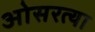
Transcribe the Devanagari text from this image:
ओसरत्या